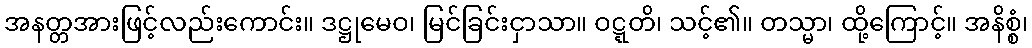
အနတ္တအားဖြင့်လည်းကောင်း။ ဒဋ္ဌုမေဝ၊ မြင်ခြင်းငှာသာ။ ဝဋ္ဋတိ၊ သင့်၏။ တသ္မာ၊ ထို့ကြောင့်။ အနိစ္စံ၊